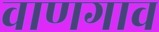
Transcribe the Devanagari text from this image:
वाणगाव